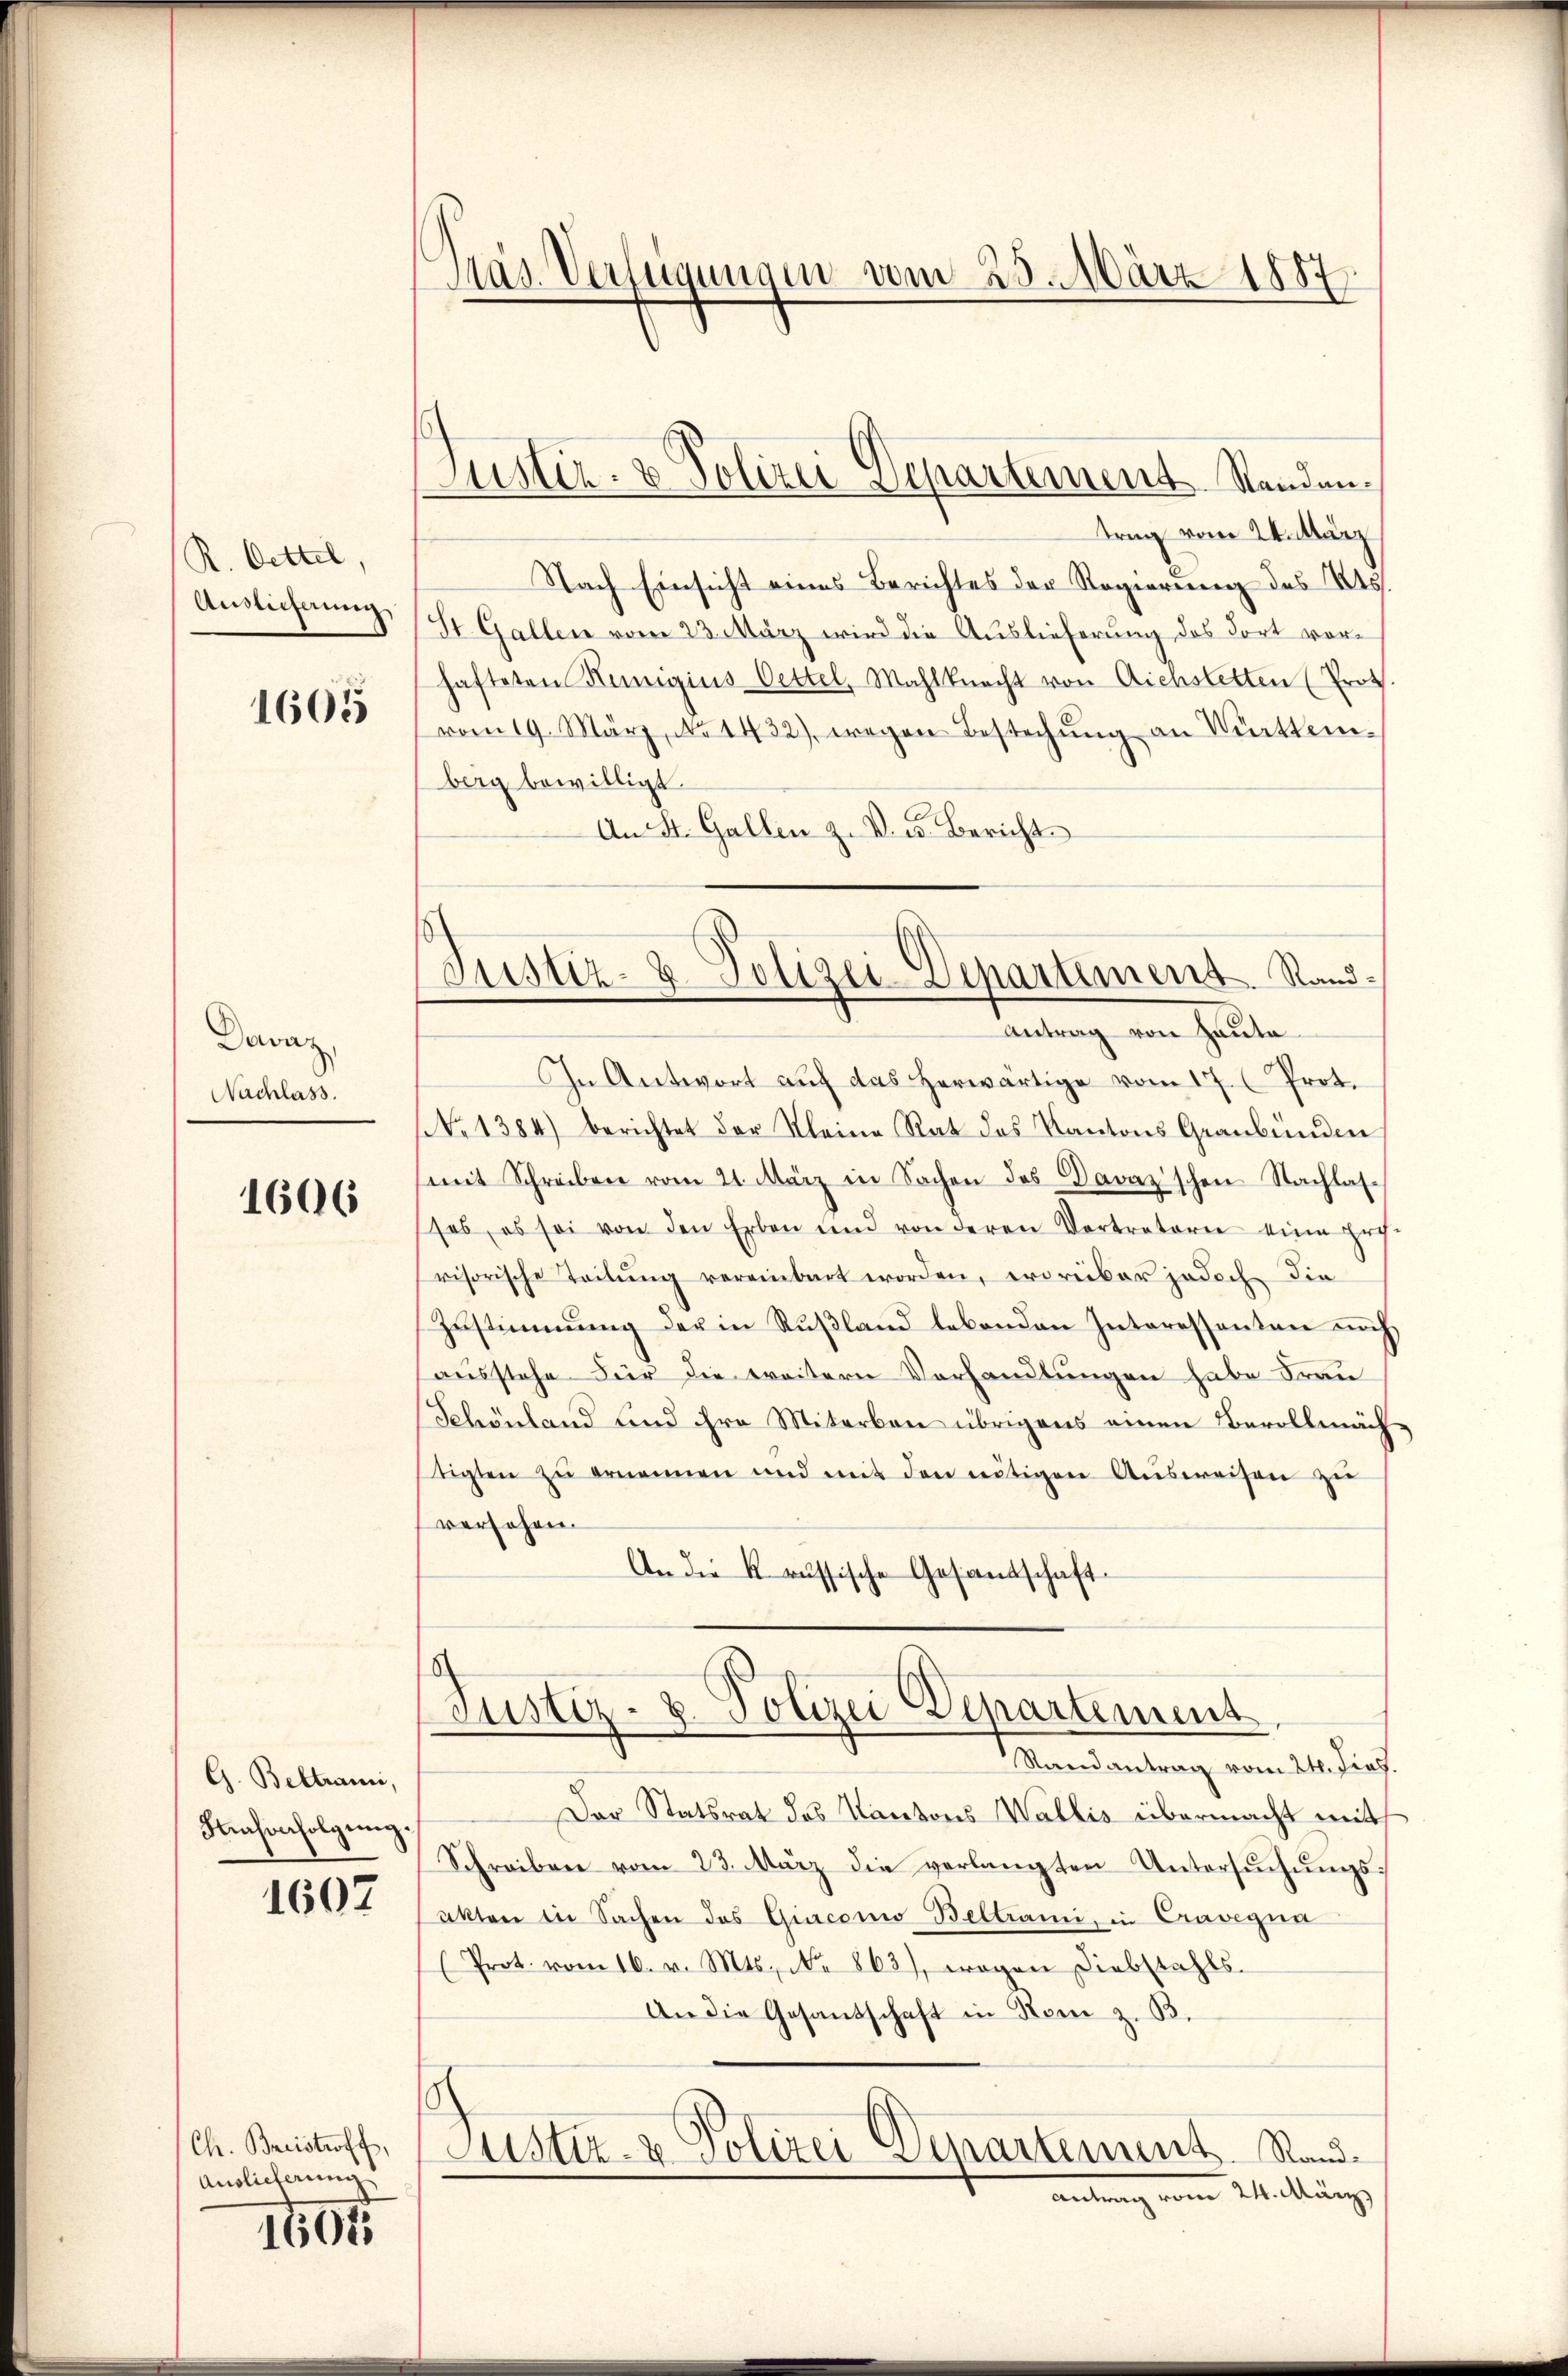
R. Oettel.
Auslieferung

1605

Davaz
Nachlass.

1606

G. Beltrami,
Fahorfolgung.

1607

Ch. Breistraft,
Auslieferung

1601

Pas Verfügungen vom 25. März 1887

Justiz- & Polizei Departement Standen.

Justiz- & Polizei-Departement. Rand:

trag vom 24. März
Nach Einsicht eines Berichtes der Regierung des Ass
St. Gallen vom 23. März wird die Auslieferung des dort vorhafteten Kunigius Oettel, Mahlknecht von Aichstetten (Prot.
vom 19. März, No 1432) wegen Bestechŭng an Württemberg bewilligt.
An St. Gallen z. V. u. Berichts
amtung von halte
In Antwort auf das herwärtige vom 17. Prot.
 No 1384) berichtet der Kleine Rat des Kantons Graubünden
mit Schreiben vom 21. März in Sachen des Davaz'schen Nachlas-
ses, es sei von den Erben und von deren Vortratoren eine Hos
visorische Teilŭng vereinbart worden, erdreiber jedoch die
Zustimmung der in Rußland lebenden Interessanten noch
ausstehe Für die weitern Verhandlungen habe Frau
Schönland und ihre Miterben übrigens einen Bevollmäch
tigten zŭ ernennen und mit den nötigen Aŭsweisen zŭ
versehen.
An die Krussische Gesandschaft.
Justiz- & Polizei Departement
Randantrag vom 24. Fies.
Der Statsrat des Kantons Wallis übermacht mit
Schreiben vom 23. März die verlangten Untersuchungsakten in Sachen das Giaconio Beltrami, in Cravegna
(Prot. vom 16. v. Mts. No 863), wogen Diebstahls
An die Gesandschaft in dem z. B.
Justiz- & Polizei Departement. Sandantrag vom Wittung